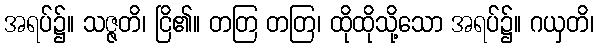
အရပ်၌။ သဇ္ဇတိ၊ ငြိ၏။ တတြ တတြ၊ ထိုထိုသို့သော အရပ်၌။ ဂယှတိ၊